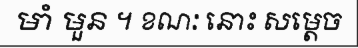
មាំ មួន ។ ខណៈ នោះ សម្តេច